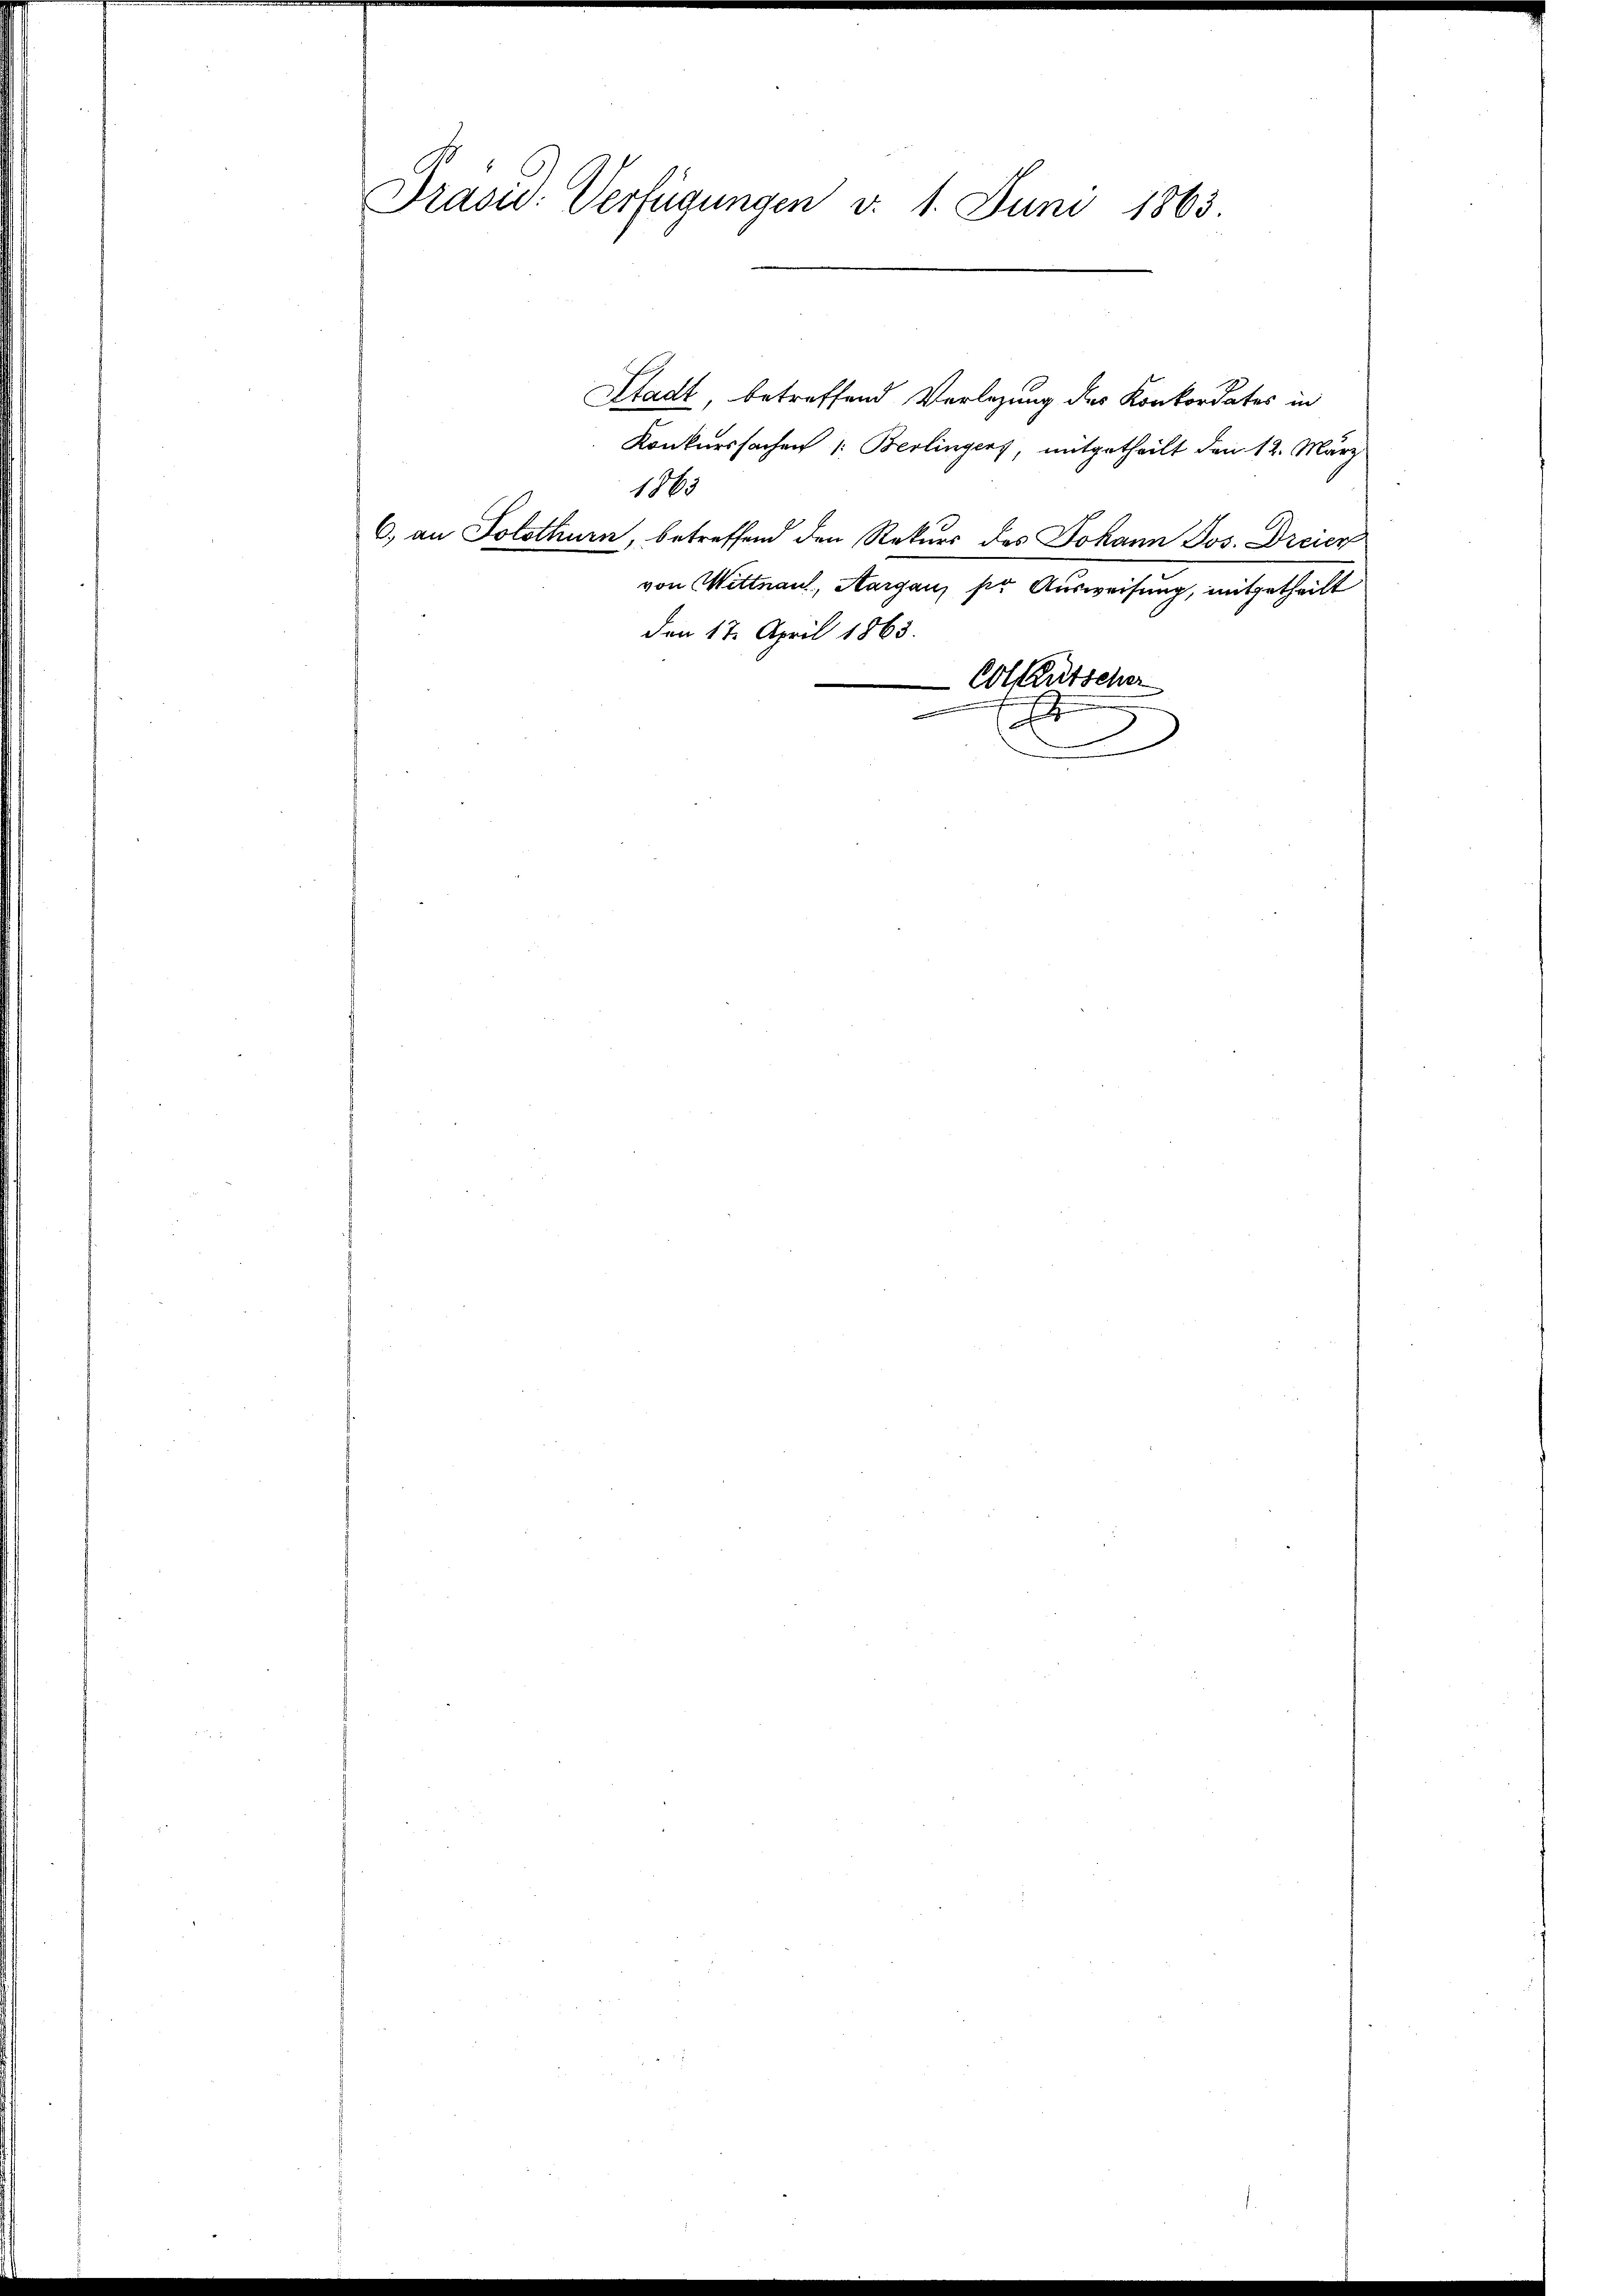
Präsid. Verfügungen d. 1. Juni 1863.

Konkurssachen |: Berlingers, mitgetheilt den 12. März
1863
6) an Solothurn, betreffend den Rekurs des Johann Jos. Dreier
von Wittnau, Aargau, pr Ausweisung, mitgetheilt
den 17. April 1863.
Cotkutscher
E

Stadt, betreffend Verlegung des Konkordates in